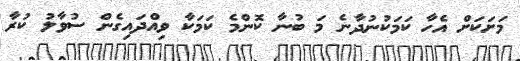
މަށަކަށް އެހާ ކަމަކުނުދާނެ މަ ބުނާ ކޮންމެ ކަމަކާ ވިއްދައިގެން ސުވާލު ކުރާ